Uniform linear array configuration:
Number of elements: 64
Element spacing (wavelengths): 0.75
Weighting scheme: uniform
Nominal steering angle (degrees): -60
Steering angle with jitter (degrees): -59.587
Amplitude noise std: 0.05
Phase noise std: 0.05

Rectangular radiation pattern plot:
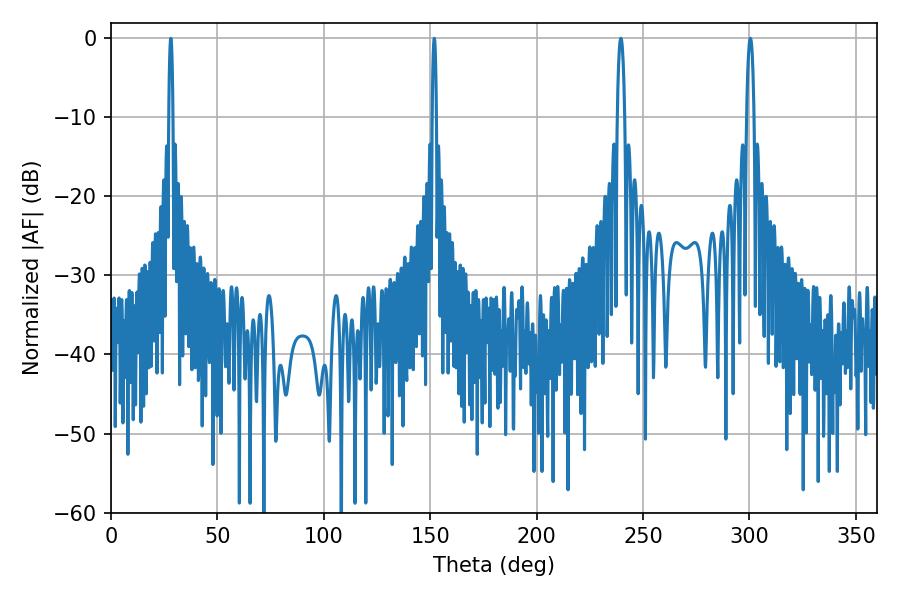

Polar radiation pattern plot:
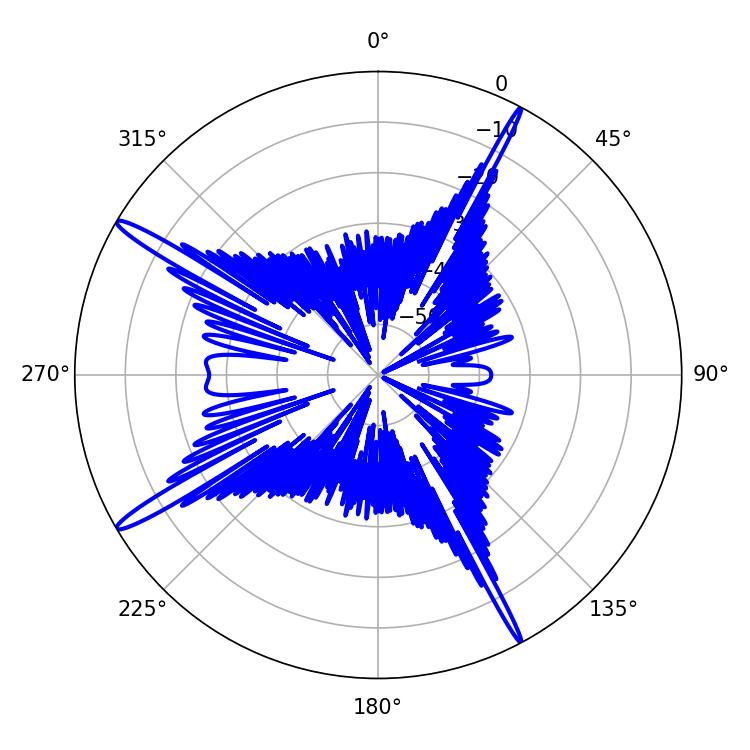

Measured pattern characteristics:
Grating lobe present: TRUE
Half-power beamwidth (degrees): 1.8
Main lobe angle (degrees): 300.42